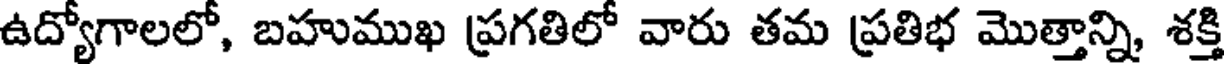
ఉద్యోగాలలో, బహుముఖ ప్రగతిలో వారు తమ ప్రతిభ మొత్తాన్ని, శక్తి